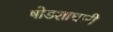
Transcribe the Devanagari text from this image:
षोडशाधारी